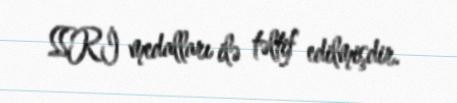
SSRİ medalları ilə təltif edilmişdir.